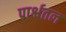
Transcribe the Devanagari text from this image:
पार्श्वतल